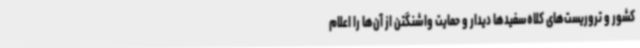
کشور و تروریست‌های کلاه‌سفیدها دیدار و حمایت واشنگتن از آن‌ها را اعلام